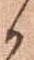
候